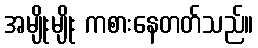
အမျိုးမျိုး ကစားနေတတ်သည်။